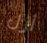
أزل